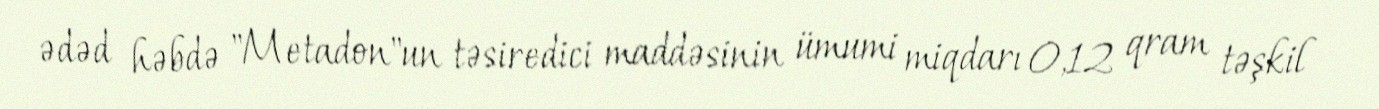
ədəd həbdə "Metadon"un təsiredici maddəsinin ümumi miqdarı 0,12 qram təşkil